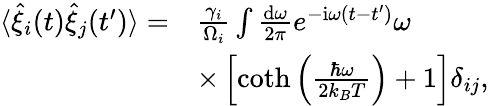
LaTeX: \begin{array}{rl}{\langle\hat{\xi}_{i}(t)\hat{\xi}_{j}(t^{\prime})\rangle=}&{\frac{\gamma_{i}}{\Omega_{i}}\int\frac{\mathrm{d}\omega}{2\pi}e^{-\mathrm{i}\omega\left(t-t^{\prime}\right)}\omega}\\ &{\times\left[\coth\left(\frac{\hbar\omega}{2k_{B}T}\right)+1\right]\delta_{ij},}\end{array}